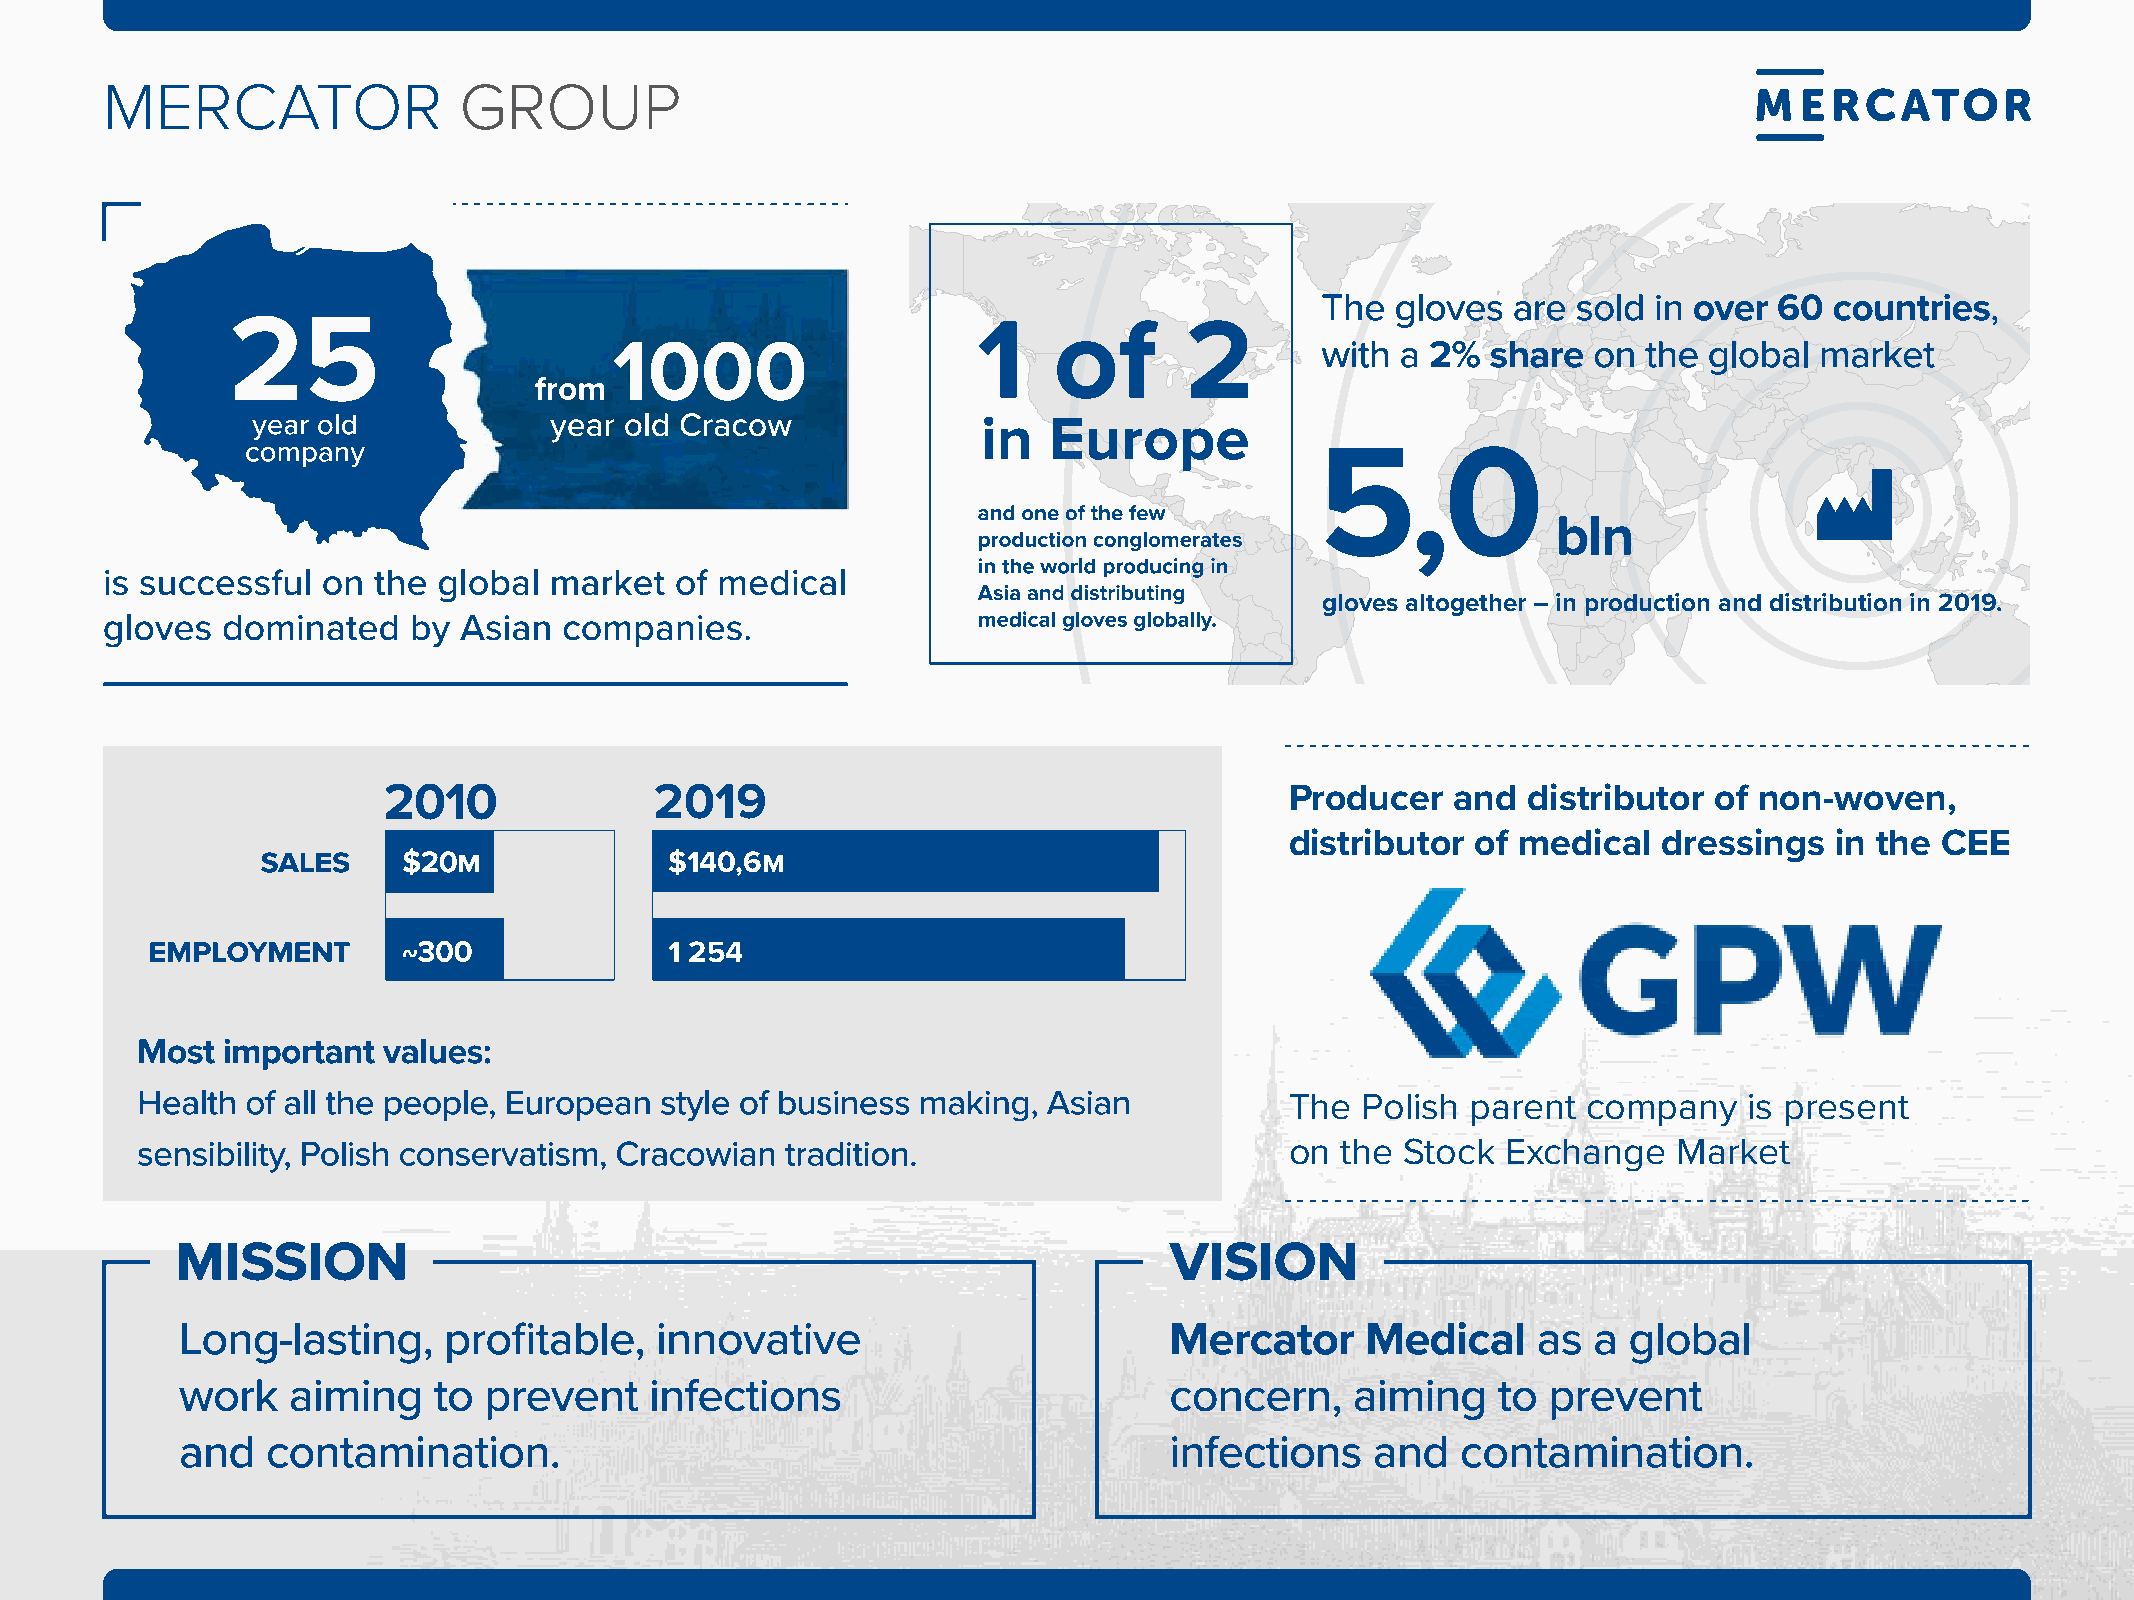
mErCatOr               GrOuP
 60
 5,0                              k
 gloves altogether – in production and distribution in 2019.
 2019                                      Producer   and  distributor  of non-woven,
 distributor  of medical  dressings  in the  CEE
 $140,6M
 1 254
 The  Polish parent  company    is present
 on  the Stock  Exchange   Market